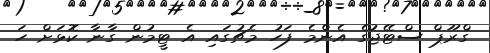
ގްރޫޕް ސްޓޭޖުގެ އެންމެ ފަހު މެޗުގައި އެ ޓީމުން ގާނާ ކޮޅަށް ހަ